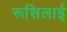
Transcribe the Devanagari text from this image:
रूसिलाई